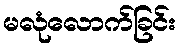
မလုံလောက်ခြင်း